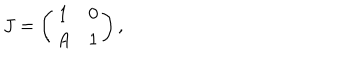
J = \left( \begin{array} { c c } { { 1 } } & { { 0 } } \\ { { A } } & { { 1 } } \\ \end{array} \right) ,